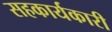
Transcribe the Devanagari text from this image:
सहकार्यकारी